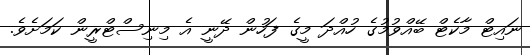
ނައިޓް މާކެޓް ބޭއްވުމުގެ ހުއްދަ މީގެ ފަހުން ދޭނީ އެ މިނިސްޓްރީން ކަމަށެވެ.